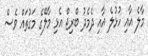
މާލެ އާއި ހުޅުލެ އާއި ދެމެދު ބްރިޖް އެޅި މާލޭގެ މަގުތައް ވެސް